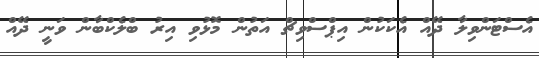
އެސްޓަންވިލާ ދޭއް އެކަކުން އިޕްސްވިޗް އަތުން މޮޅުވި އިރު ބްލެކްބާން ވަނީ ދޭއް